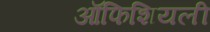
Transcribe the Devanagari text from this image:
ऑफिशियली